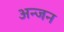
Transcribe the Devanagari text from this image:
अन्जन